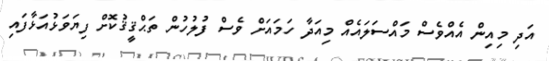
އަދި މިއިން އެއްވެސް މައްސަލައެއް މިއަދާ ހަމައަށް ވެސް ފުލުހުން ތަޙްޤީޤުކޮށް ފިޔަވަޅުއަޅާފައި